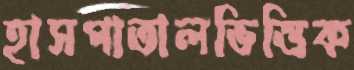
হাসপাতালভিত্তিক